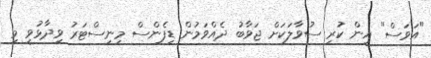
"އަވަސް" އިން ކުރި ސުވާލަކަށް ޖަވާބު ދެއްވަމުން ޑިފެންސް މިނިސްޓަރު ވިދާޅުވީ މި